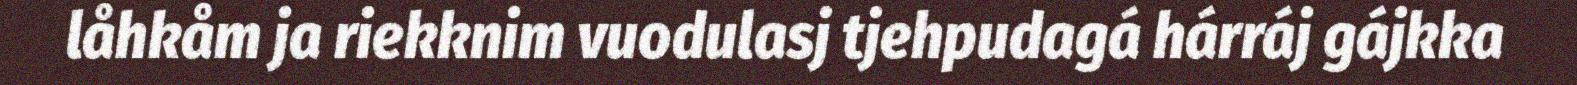
låhkåm ja riekknim vuodulasj tjehpudagá hárráj gájkka